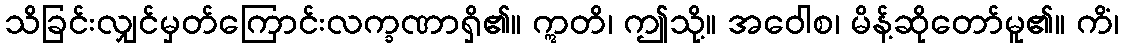
သိခြင်းလျှင်မှတ်ကြောင်းလက္ခဏာရှိ၏။ ဣတိ၊ ဤသို့။ အဝေါစ၊ မိန့်ဆိုတော်မူ၏။ ကိံ၊